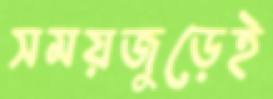
সময়জুড়েই